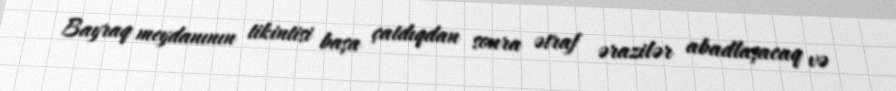
Bayraq meydanının tikintisi başa çatdıqdan sonra ətraf ərazilər abadlaşacaq və